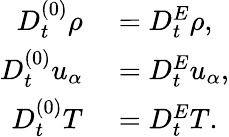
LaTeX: \begin{array}{rl}{D_{t}^{(0)}\rho}&{{}=D_{t}^{E}\rho,}\\ {D_{t}^{(0)}u_{\alpha}}&{{}=D_{t}^{E}u_{\alpha},}\\ {D_{t}^{(0)}T}&{{}=D_{t}^{E}T.}\end{array}